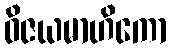
ဝိဇယမာဟိကော